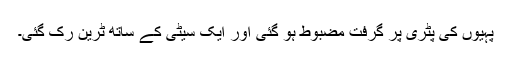
پہیوں کی پٹری پر گرفت مضبوط ہو گئی اور ایک سیٹی کے ساتھ ٹرین رک گئی۔